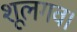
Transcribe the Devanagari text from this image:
शूलगव।